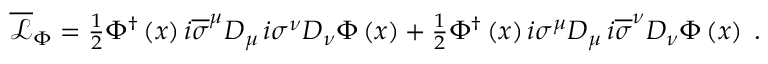
\begin{array} { r } { \overline { { \mathcal { L } } } _ { \Phi } = \frac { 1 } { 2 } \Phi ^ { \dag } \left( x \right) i \overline { { \sigma } } ^ { \mu } D _ { \mu } \, i \sigma ^ { \nu } D _ { \nu } \Phi \left( x \right) + \frac { 1 } { 2 } \Phi ^ { \dag } \left( x \right) i \sigma ^ { \mu } D _ { \mu } \, i \overline { { \sigma } } ^ { \nu } D _ { \nu } \Phi \left( x \right) \; . } \end{array}